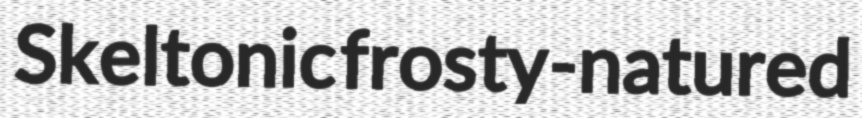
Skeltonic frosty-natured